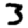
Digit: 3